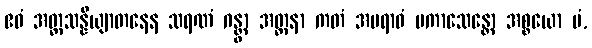
ဧဝံ အတ္တသန္နိယျာတနေန သရဏံ ဂန္တွာ အတ္တနာ ကတံ အပရာဓံ ပကာသေန္တော အစ္စယော မံ,